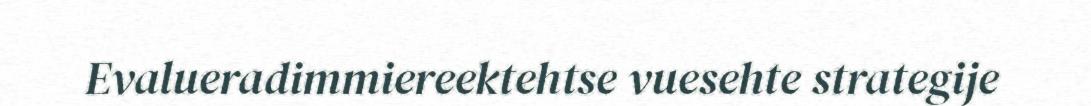
Evalueradimmiereektehtse vuesehte strategije